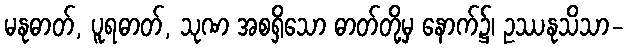
မနုဓာတ်, ပူရဓာတ်, သုဏ အစရှိသော ဓာတ်တို့မှ နောက်၌၊ ဥဿနုသိသာ-